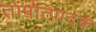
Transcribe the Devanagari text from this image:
तापोत्पादक